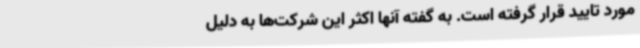
مورد تایید قرار گرفته است. به گفته آنها اکثر این شرکت‌ها به دلیل